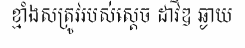
ខ្មាំងសត្រូវរបស់ស្តេច ដាវីឌ ឆ្ងាយ